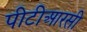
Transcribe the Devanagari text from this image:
पीटीआरसी